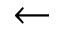
\leftarrow